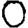
Digit: 0